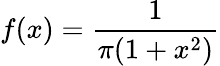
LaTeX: f(x)={\frac{1}{\pi(1+x^{2})}}